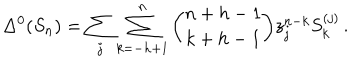
\Delta ^ { 0 } ( S _ { n } ) = \sum _ { j } \sum _ { k = - h + 1 } ^ { n } { \binom { n + h - 1 } { k + h - 1 } } z _ { j } ^ { n - k } S _ { k } ^ { ( j ) } \, .